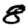
Digit: 8